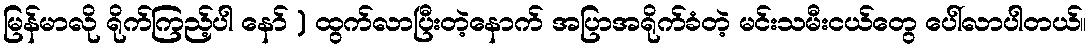
မြန်မာလို ရိုက်ကြည့်ပါ နော် ) ထွက်လာပြီးတဲ့နောက် အပြာအရိုက်ခံတဲ့ မင်းသမီးငယ်တွေ ပေါ်လာပါတယ်။